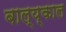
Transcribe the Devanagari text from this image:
बाल्य्काल